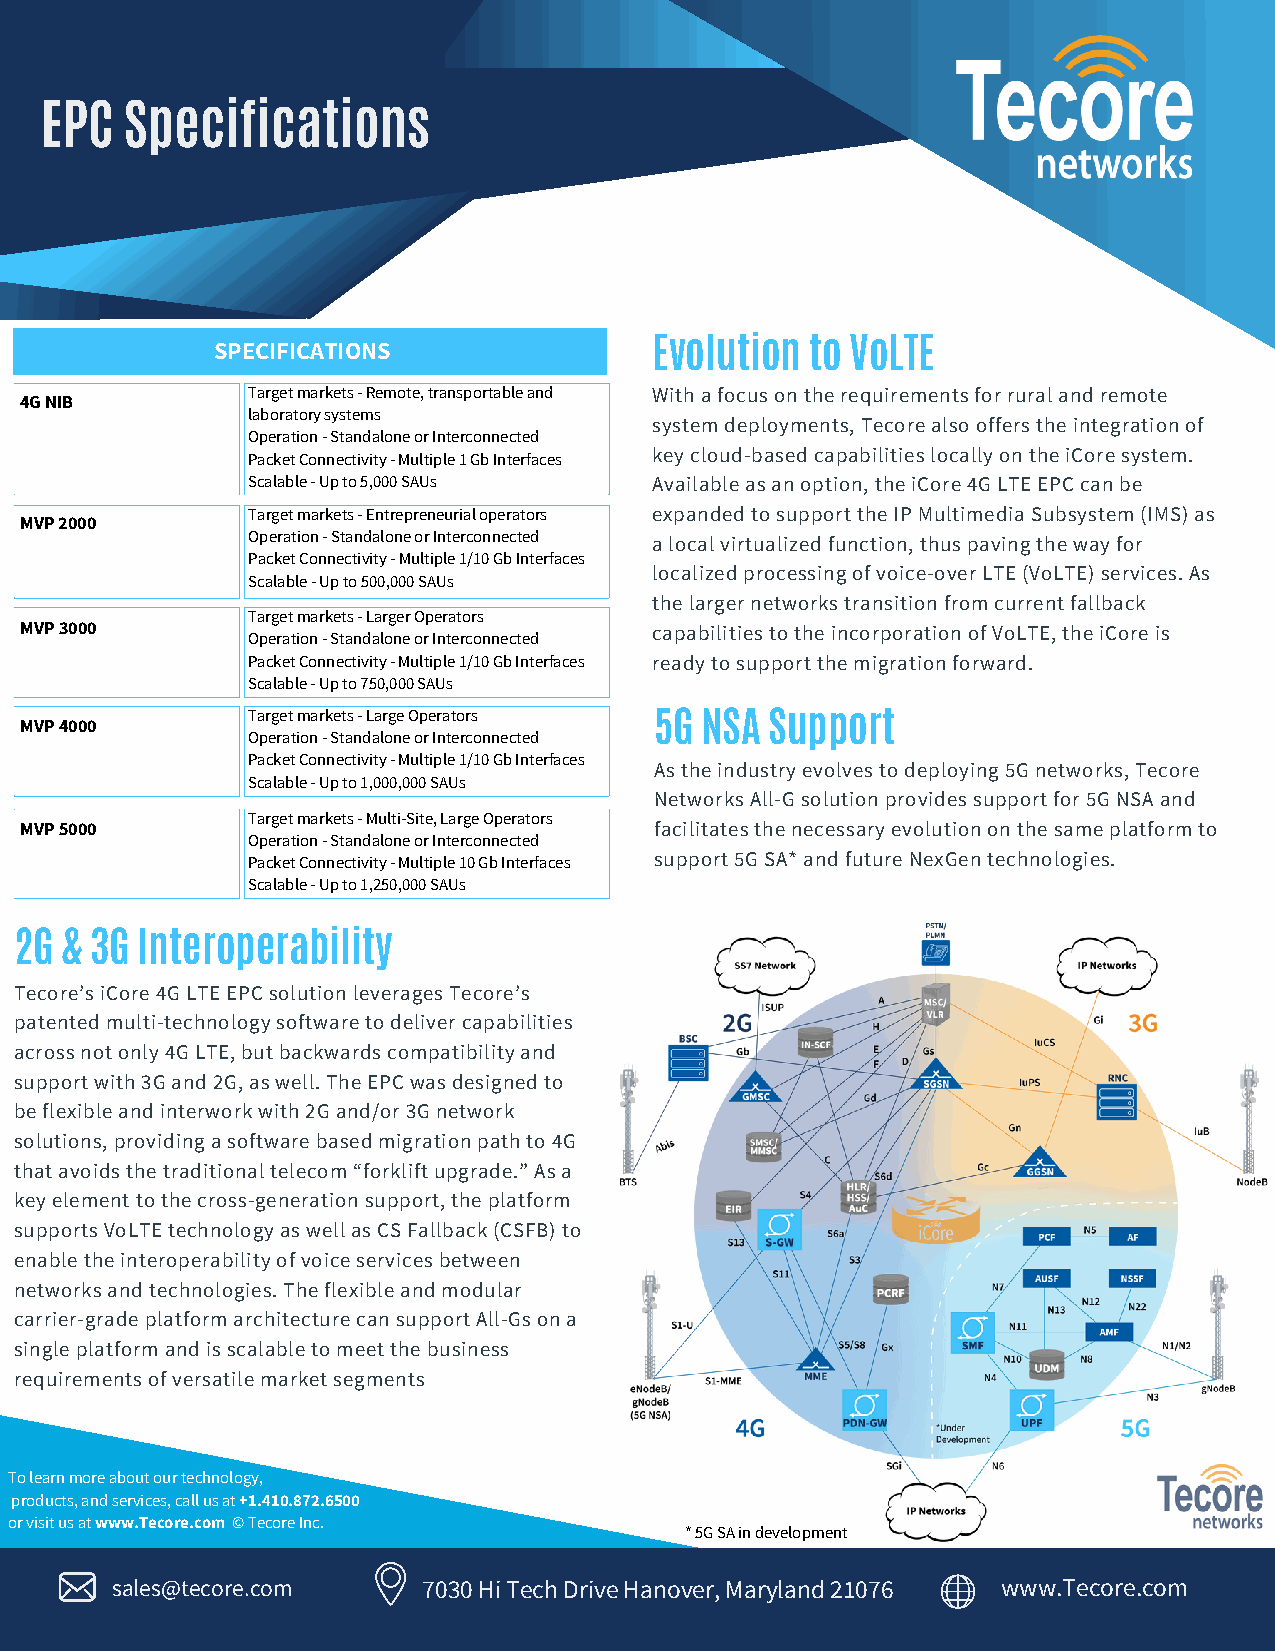
EPC  Specifications
 SPECIFICATIONS               Evolution  to VoLTE
 SPECIFICATIONS
 Target markets - Remote, transportable and With a focus on the requirements for rural and remote
 4G NIB
 laboratory systems
 system deployments, Tecore also offers the integration of
 Operation - Standalone or Interconnected
 Packet Connectivity - Multiple 1 Gb Interfaces key cloud-based capabilities locally on the iCore system.
 Scalable - Up to 5,000 SAUs Available as an option, the iCore 4G LTE EPC can be
 Target markets - Entrepreneurial operators expanded to support the IP Multimedia Subsystem (IMS) as
 MVP 2000
 Operation - Standalone or Interconnected a local virtualized function, thus paving the way for
 Packet Connectivity - Multiple 1/10 Gb Interfaces
 localized processing of voice-over LTE (VoLTE) services. As
 Scalable - Up to 500,000 SAUs
 the larger networks transition from current fallback
 Target markets - Larger Operators
 MVP 3000                                  capabilities to the incorporation of VoLTE, the iCore is
 Operation - Standalone or Interconnected
 Packet Connectivity - Multiple 1/10 Gb Interfaces ready to support the migration forward.
 Scalable - Up to 750,000 SAUs
 MVP 4000       Target markets - Large Operators 5G NSA Support
 Operation - Standalone or Interconnected
 Packet Connectivity - Multiple 1/10 Gb Interfaces
 As the industry evolves to deploying 5G networks, Tecore
 Scalable - Up to 1,000,000 SAUs
 Networks All-G solution provides support for 5G NSA and
 Target markets - Multi-Site, Large Operators
 MVP 5000                                  facilitates the necessary evolution on the same platform to
 Operation - Standalone or Interconnected
 Packet Connectivity - Multiple 10 Gb Interfaces support 5G SA* and future NexGen technologies.
 Scalable - Up to 1,250,000 SAUs
 2G & 3G Interoperability
 Tecore’s iCore 4G LTE EPC solution leverages Tecore’s
 patented multi-technology software to deliver capabilities
 across not only 4G LTE, but backwards compatibility and
 support with 3G and 2G, as well. The EPC was designed to
 be flexible and interwork with 2G and/or 3G network
 solutions, providing a software based migration path to 4G
 that avoids the traditional telecom “forklift upgrade.” As a
 key element to the cross-generation support, the platform
 supports VoLTE technology as well as CS Fallback (CSFB) to
 enable the interoperability of voice services between
 networks and technologies. The flexible and modular
 carrier-grade platform architecture can support All-Gs on a
 single platform and is scalable to meet the business
 requirements of versatile market segments
 To learn more about our technology,
 products, and services, call us at +1.410.872.6500
 or visit us at www.Tecore.com © Tecore Inc.
 * 5G SA in development
 sales@tecore.com     7030 Hi Tech Drive Hanover, Maryland 21076 www.Tecore.com